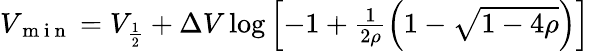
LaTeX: \begin{array}{r}{V_{\mathrm{~m~i~n~}}=V_{\frac{1}{2}}+\Delta V\log\left[-1+\frac{1}{2\rho}\left(1-\sqrt{1-4\rho}\right)\right]}\end{array}